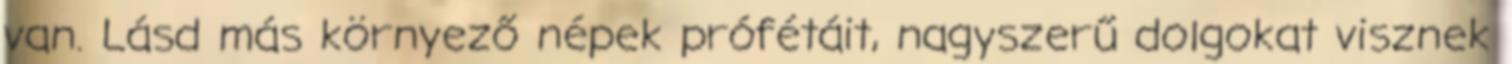
van. Lásd más környező népek prófétáit, nagyszerű dolgokat visznek